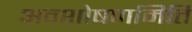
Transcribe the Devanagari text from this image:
अवशोषणमिति